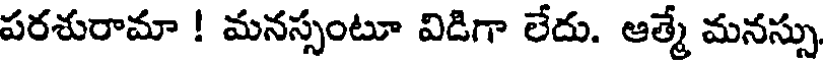
పరశురామా ! మనస్సంటూ విడిగా లేదు. ఆత్మే మనస్సు.